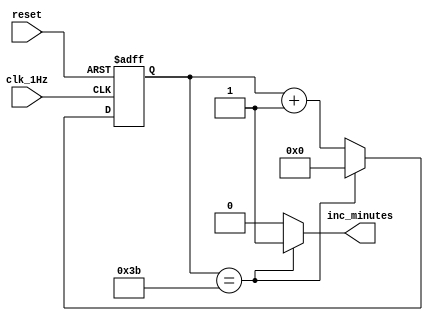
// This program was cloned from: https://github.com/FPGADude/Digital-Design
// License: GNU General Public License v3.0

`timescale 1ns / 1ps

module seconds(
    input clk_1Hz,      // From oneHz_generator
    input reset,
    output inc_minutes  // To minutes
    );
    
    reg [5:0] sec_ctr = 0;
    
    always @(posedge clk_1Hz or posedge reset) begin
        if(reset)
            sec_ctr <= 0;
        else
            if(sec_ctr == 59) 
                sec_ctr <= 0;
            else
                sec_ctr <= sec_ctr + 1;
    end
    
    assign inc_minutes = (sec_ctr == 59) ? 1 : 0;
    
endmodule